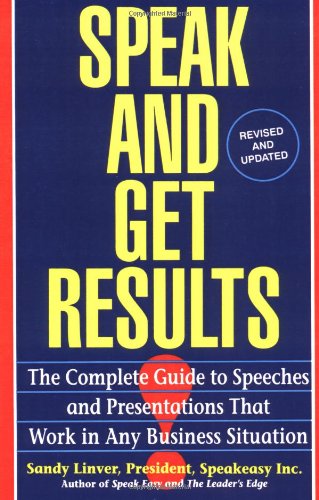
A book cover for Speak and Get Results: Complete Guide to Speeches & Presentations Work Bus; Sandy Linver; Reference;